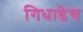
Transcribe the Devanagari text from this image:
गिधाडेच